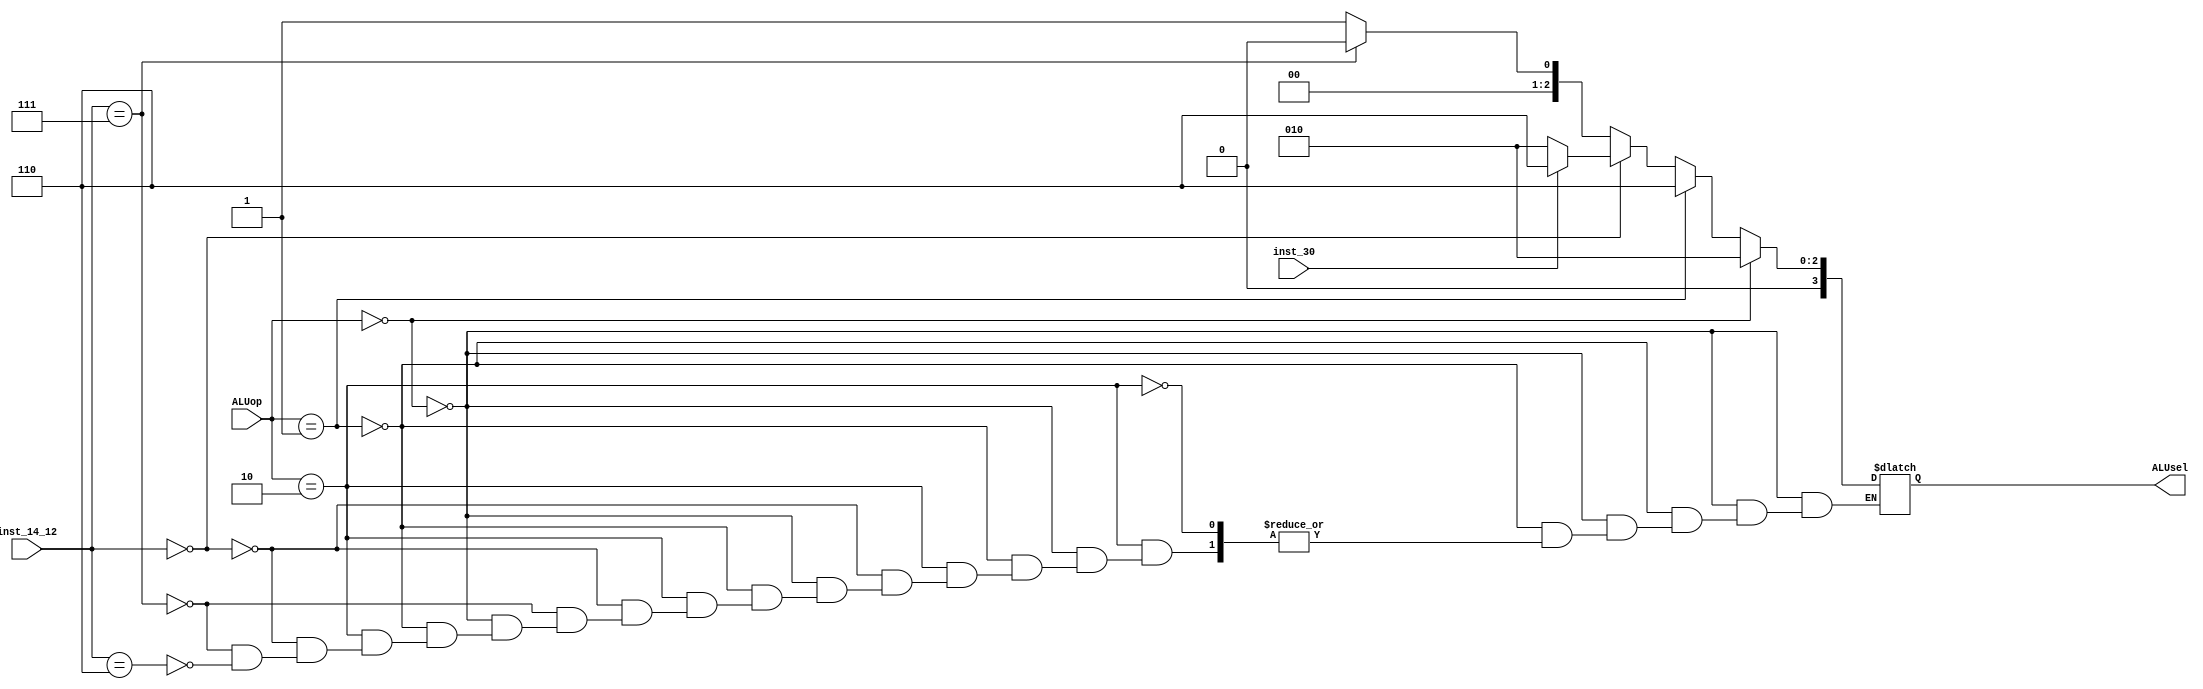
`timescale 1ns / 1ps
//////////////////////////////////////////////////////////////////////////////////
// Company: 
// Engineer: 
// 
// Design Name: 
// Module Name: ALUcu
// Project Name: 
// Target Devices: 
// Tool Versions: 
// Description: 
// 
// Dependencies: 
// 
// Revision:
// Revision 0.01 - File Created
// Additional Comments:
// 
//////////////////////////////////////////////////////////////////////////////////


module ALUcu(
    input [1:0] ALUop,
    input [2:0] inst_14_12,
    input inst_30,
    output reg [3:0] ALUsel
    );

    always @* begin
        if (ALUop == 2'b00)
            ALUsel = 4'b0010;
        else if (ALUop == 2'b01)
            ALUsel = 4'b0110;
        else if (ALUop == 2'b10) begin
            if (inst_14_12 == 3'b000) begin if (inst_30) ALUsel = 4'b0110; else ALUsel = 4'b0010; end
            else if (inst_14_12 == 3'b111) ALUsel = 4'b0000;
            else if (inst_14_12 == 3'b110) ALUsel = 4'b0001;
        end
    end
endmodule